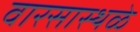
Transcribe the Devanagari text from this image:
वारसास्थळे